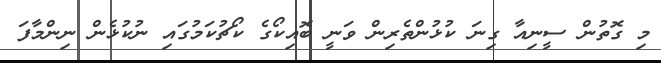
މި ގޮތުން ސީނިއާ ގިނަ ކުޅުންތެރިން ވަނީ ބޮއިކޯގެ ކޯޗުކަމުގައި ނުކުޅެން ނިންމާފަ